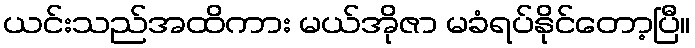
ယင်းသည်အထိကား မယ်အိုဇာ မခံရပ်နိုင်တော့ပြီ။